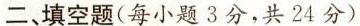
二填空题(每小题3分，共24分)